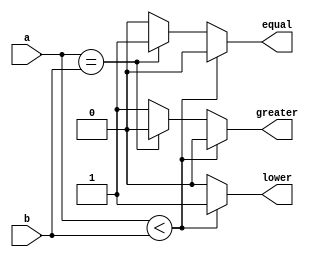
module comparator(a,b, equal, lower, greater);
    input  [31:0] a,b;
    output equal, lower, greater;
    reg equal, lower, greater;


    always @(a or b)
     begin
      if (a<b) begin
        equal = 0;
        lower = 1;
        greater = 0;
      end
      else if (a==b) begin
        equal = 1;
        lower = 0;
        greater = 0;
      end
      else begin
        equal = 0;
        lower = 0;
        greater = 1;
      end
    end
endmodule